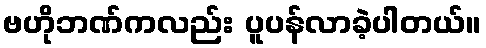
ဗဟိုဘဏ်ကလည်း ပူပန်လာခဲ့ပါတယ်။